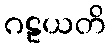
ဂဠယတိ